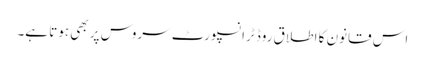
اس قانون کا اطلاق روڈ ٹرانسپورٹ سروس پر بھی ہوتا ہے۔